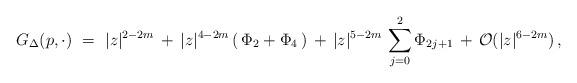
LaTeX: \begin{align*}G_{\Delta }(p,\cdot) \,\, = \,\, |z|^{2-2m} \, + \, |z|^{4-2m} \, ( \, \Phi_2 + \Phi_4 \, ) \, + \, |z|^{5-2m} \,\sum_{j=0}^2\Phi_{2j+1} \, + \, \mathcal{O}(|z|^{6-2m}) \, ,\end{align*}